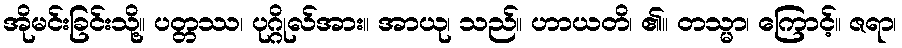
အိုမင်းခြင်းသို့။ ပတ္တဿ၊ ပုဂ္ဂိုလ်အား။ အာယု၊ သည်။ ဟာယတိ၊ ၏။ တသ္မာ၊ ကြောင့်။ ဇရာ၊